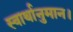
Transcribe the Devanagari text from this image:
स्वार्थानुमान।